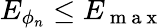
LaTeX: E_{\phi_{n}}\leq E_{\mathrm{~m~a~x~}}